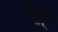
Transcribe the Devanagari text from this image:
नेदूर्